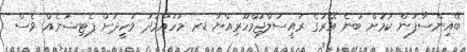
ބޭއިންސާފުން ކަމަށް ބުނެ އޭރުގެ ރައީސުލްޖުމްހޫރިއްޔާ ޑރ މުހައްމަދު ވަހީދަށް ޕެޓިޝަނެއް ވެސް